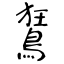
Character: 鵟